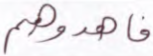
فاهدوهم